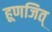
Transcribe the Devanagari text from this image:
हूणजित्‌